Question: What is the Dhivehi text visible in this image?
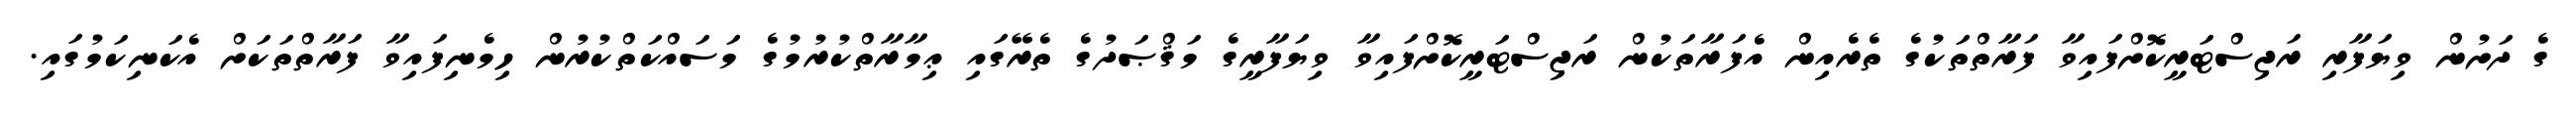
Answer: ގެ ދަށުން ވިޔަފާރި ރަޖިސްޓަރީކޮށްފައިވާ ފަރާތްތަކުގެ ތެރެއިން އެފަރާތަކުން ރަޖިސްޓަރީކޮށްފައިވާ ވިޔަފާރީގެ މަޤްޞަދުގެ ތެރޭގައި ޢިމާރާތްކުރުމުގެ މަސައްކަތްކުރުން ހިމެނިފައިވާ ފަރާތްތަކަށް އެކަނިކަމުގައި.